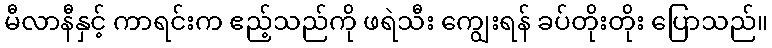
မီလာနီနှင့် ကာရင်းက ဧည့်သည်ကို ဖရဲသီး ကျွေးရန် ခပ်တိုးတိုး ပြောသည်။